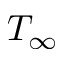
T _ { \infty }